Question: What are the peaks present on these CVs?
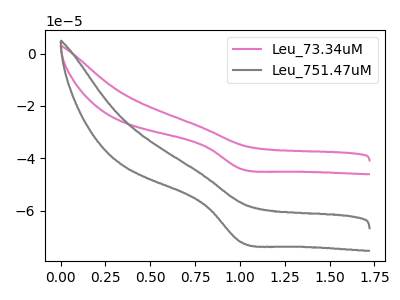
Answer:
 <answer>The pink curve "Leu_73.34uM" has a cathodic peak at: (1.00V, -44.15uA). The gray curve "Leu_751.47uM" has a cathodic peak at: (1.00V, -72.15uA).</answer>
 <eval></eval>